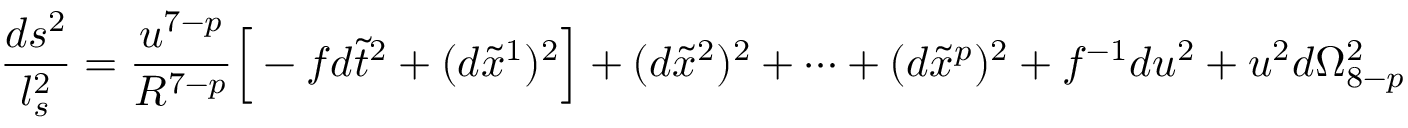
\frac { d s ^ { 2 } } { l _ { s } ^ { 2 } } = \frac { u ^ { 7 - p } } { R ^ { 7 - p } } \Big [ - f d \tilde { t } ^ { 2 } + ( d \tilde { x } ^ { 1 } ) ^ { 2 } \Big ] + ( d \tilde { x } ^ { 2 } ) ^ { 2 } + \cdots + ( d \tilde { x } ^ { p } ) ^ { 2 } + f ^ { - 1 } d u ^ { 2 } + u ^ { 2 } d \Omega _ { 8 - p } ^ { 2 }